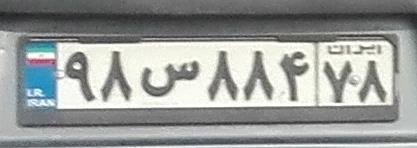
۹۸س۸۸۴۷۸